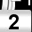
Digit: 2